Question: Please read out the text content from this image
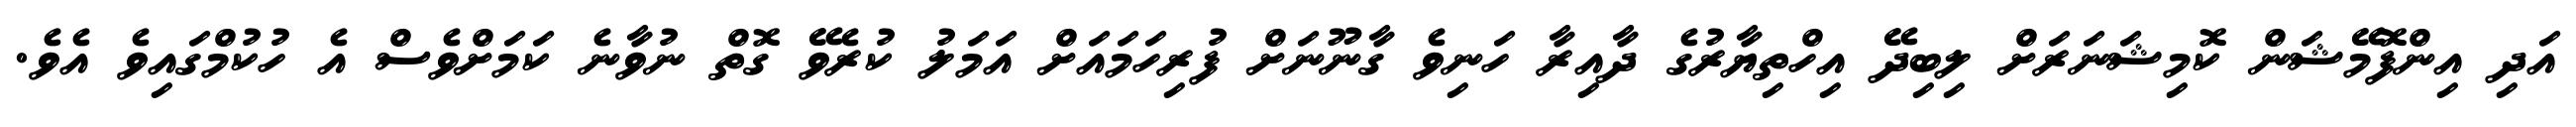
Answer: އަދި އިންފޮމޭޝަން ކޮމިޝަނަރަށް ލިބިދޭ އިހްތިޔާރުގެ ދާއިރާ ހަނިވެ ގާނޫނަށް ފުރިހަމައަށް އަމަލު ކުރެވޭ ގޮތް ނުވާނެ ކަމަށްވެސް އެ ހުކުމްގައިވެ އެވެ.